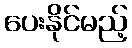
ပေးနိုင်မည့်